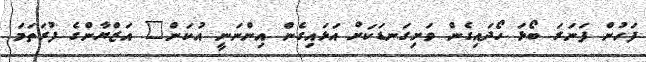
ފަހުން ފަނަރަ ބޯޅަ ހޯދައިގެން ވަށިގަނޑަކަށް އަޅައިގެން އިންނަނީ އުކަން" އަޒްޔާންގެ ފުރަތަމަ